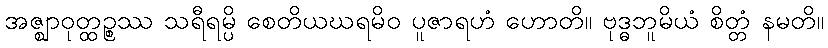
အဇ္ဈာဝုတ္ထဉ္စဿ သရီရမ္ပိ စေတိယဃရမိဝ ပူဇာရဟံ ဟောတိ။ ဗုဒ္ဓဘူမိယံ စိတ္တံ နမတိ။